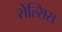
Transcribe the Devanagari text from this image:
सेल्सिस